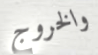
والخروج